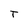
Character: T